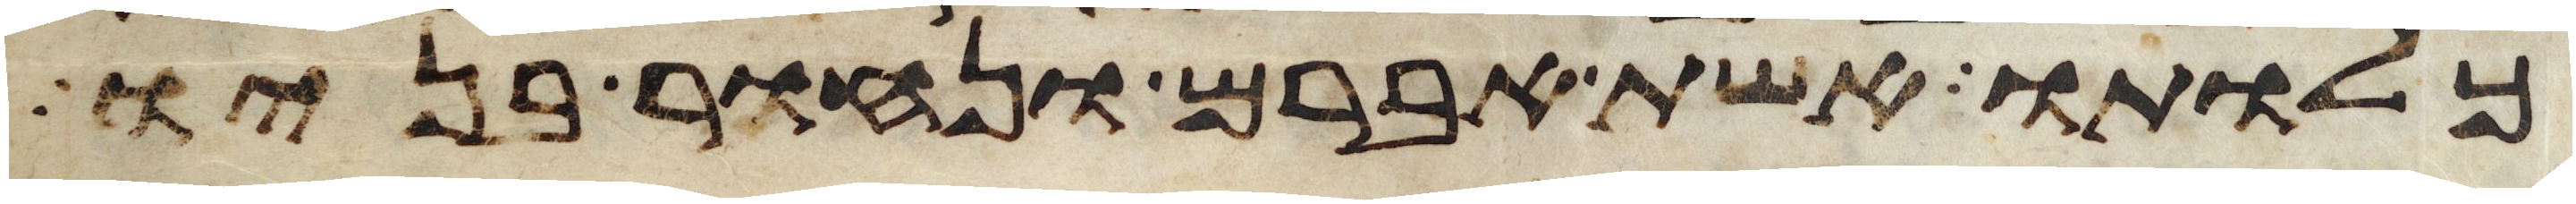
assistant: כלותו אשת אברם ונחור בניו